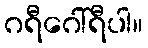
ဂရီဂေါ်ရီပါ။